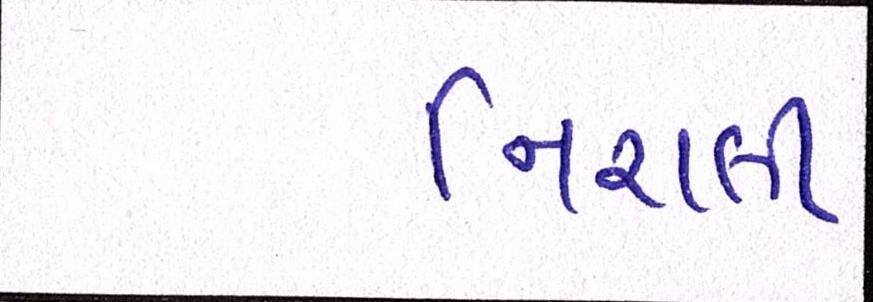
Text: નિરાલી